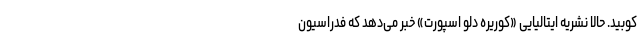
کوبید. حالا نشریه ایتالیایی «کوریره دلو اسپورت» خبر می‌دهد که فدراسیون